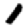
Digit: 1